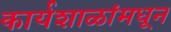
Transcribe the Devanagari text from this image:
कार्यशाळांमधून